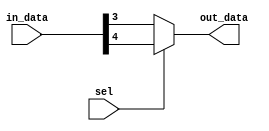
module bit_select_assign (
    input [7:0] in_data,
    input sel,
    output reg out_data
);

always @(*) begin
    if (sel == 1'b0) begin
        out_data = in_data[3];
    end else begin
        out_data = in_data[7:4];
    end
end

endmodule